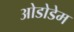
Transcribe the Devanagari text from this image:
ओडोडेम